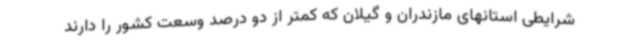
شرایطی استانهای مازندران و گیلان که کمتر از دو درصد وسعت کشور را دارند